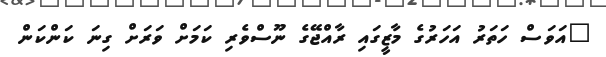
"އަވަސް ހަތަރު އަހަރުގެ މާޒީގައި ރާއްޖޭގެ ނޫސްވެރި ކަމަށް ވަރަށް ގިނަ ކަންކަން